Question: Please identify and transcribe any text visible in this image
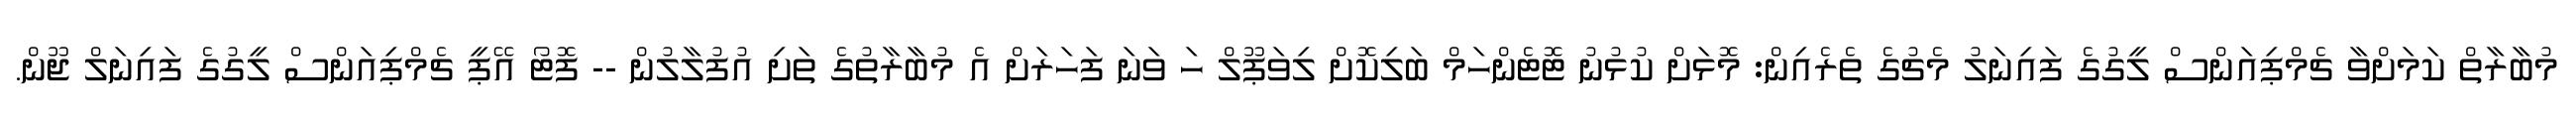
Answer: މުބާރާތް ކަމަށްވާ ޗެމްޕިއަންސް ލީގުގެ ފައިނަލު މެޗުގެ ތެރެއިން: މޮޅަށް ކުޅުނު ޓޮޓެންހަމް ބަލިކޮށް ލިވަޕޫލް ހަ ވަނަ ފަހަރަށް އެ މުބާރާތުގެ ތަށި އުފުލާލުން -- ފޮޓޯ އޭޕީ ޗެމްޕިއަންސް ލީގުގެ ފައިނަލް ޖޫން.